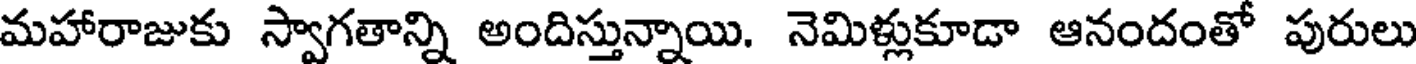
మహారాజుకు స్వాగతాన్ని అందిస్తున్నాయి. నెమిళ్లుకూడా ఆనందంతో పురులు